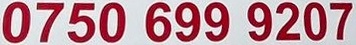
0750 699 9207